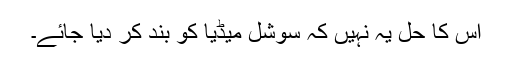
اس کا حل یہ نہیں کہ سوشل میڈیا کو بند کر دیا جائے۔